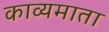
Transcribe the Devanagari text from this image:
काव्यमाता